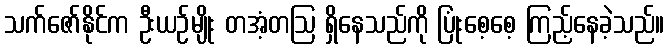
သက်ဇော်နိုင်က ဦးယဉ်မျိုး တအံ့တဩ ရှိနေသည်ကို ပြုံးစေ့စေ့ ကြည့်နေခဲ့သည်။